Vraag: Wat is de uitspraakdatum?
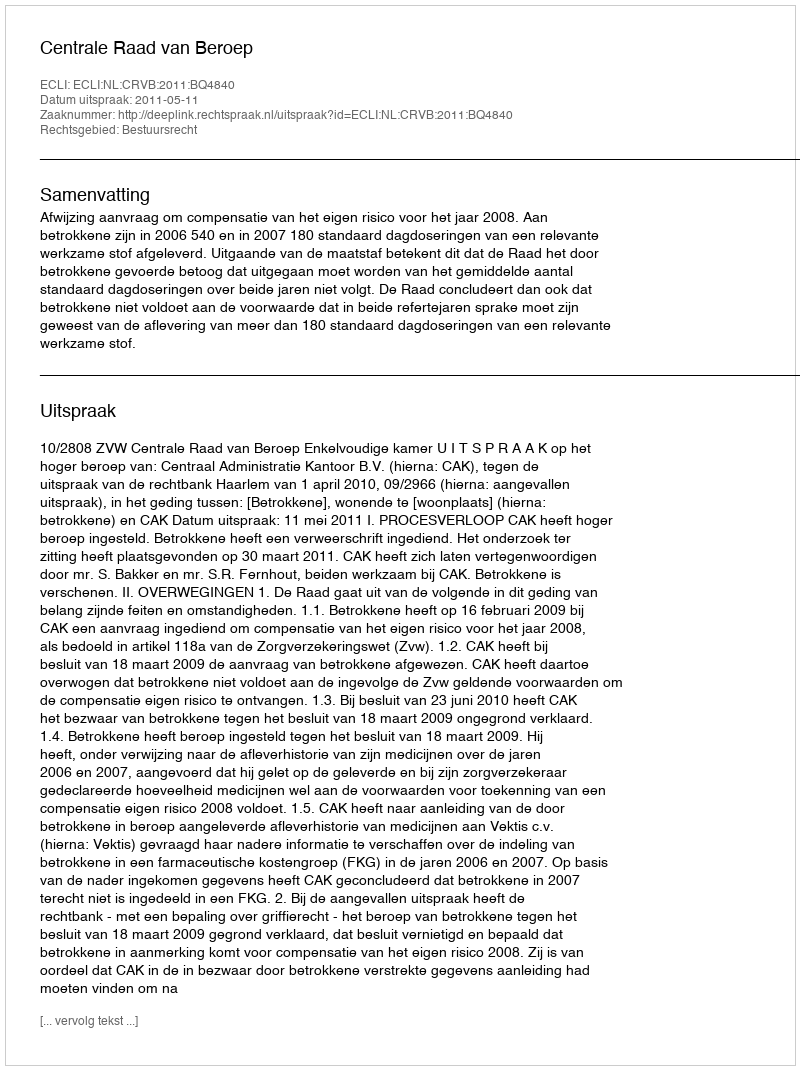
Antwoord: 2011-05-11